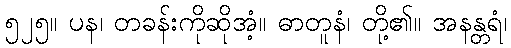
၅၂၅။ ပန၊ တခန်းကိုဆိုအံ့။ ဓာတူနံ၊ တို့၏။ အနန္တရံ၊